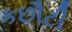
કછૌટી